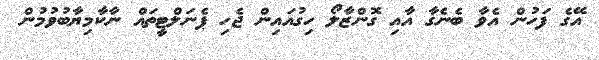
އޭގެ ފަހުން އެވާ ބެނެގާ އާއި ގޮންޒާލޯ ހިގުއައިން ޖެހި ޕެނަލްޓީތައް ނާކާމިޔާބުވުމުން